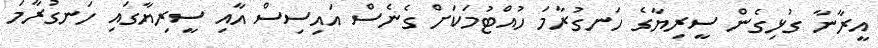
އީރާނާ ގުޅިގެން ސީރިޔާގެ ހަނގުރާމަ ހުއްޓުމަކަށް ގެނެސް އައިސިސް އާއި ސީރިޔާގައި ހަނގުރާމަ